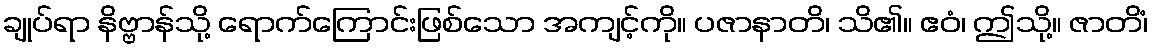
ချုပ်ရာ နိဗ္ဗာန်သို့ ရောက်ကြောင်းဖြစ်သော အကျင့်ကို။ ပဇာနာတိ၊ သိ၏။ ဧဝံ၊ ဤသို့။ ဇာတိံ၊